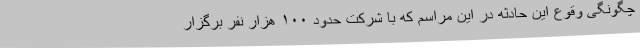
چگونگی وقوع این حادثه در این مراسم که با شرکت حدود ۱۰۰ هزار نفر برگزار